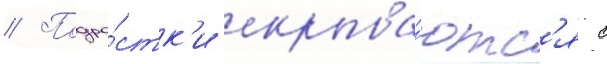
// Подро́стк'и скрыва́ютс'я с